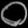
Digit: ၀